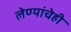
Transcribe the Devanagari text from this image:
लेण्यांचेही